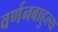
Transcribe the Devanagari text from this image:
वर्णनबाहुल्य